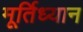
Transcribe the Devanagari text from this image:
मूर्तिध्यान